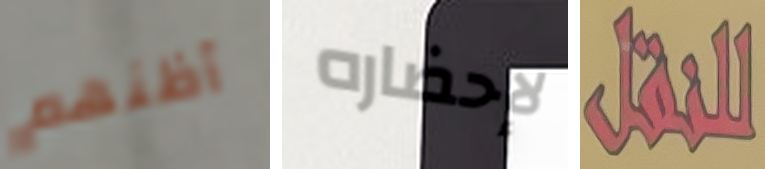
أظنهم لإحضاره للنقل